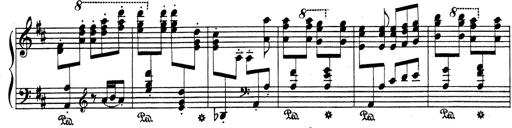
Title: Rhapsodie espagnole
Composer: Franz Liszt